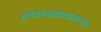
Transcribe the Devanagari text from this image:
स्वप्नावास्था